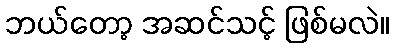
ဘယ်တော့ အဆင်သင့် ဖြစ်မလဲ။